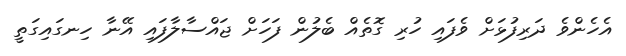
އެހެންވެ ދަރިފުޅަށް ވެފައި ހުރި ގޮތެއް ބެލުން ފަހަށް ޖައްސާލާފައި އޭނާ ހިނގައިގަތީ